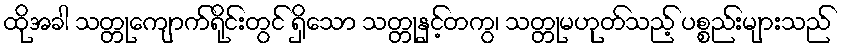
ထိုအခါ သတ္တုကျောက်ရိုင်းတွင် ရှိသော သတ္တုနှင့်တကွ၊ သတ္တုမဟုတ်သည့် ပစ္စည်းများသည်